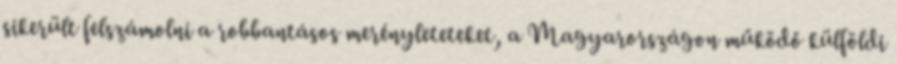
sikerült felszámolni a robbantásos merényleteteket, a Magyarországon működő külföldi